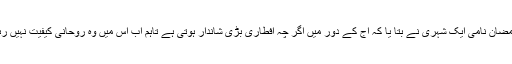
محمد رمضان نامی ایک شہری نے بتا یا کہ آج کے دور میں اگر چہ افطاری بڑی شاندار ہوتی ہے تاہم اب اس میں وہ روحانی کیفیت نہیں رہی ہے ۔